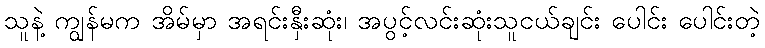
သူနဲ့ ကျွန်မက အိမ်မှာ အရင်းနှီးဆုံး၊ အပွင့်လင်းဆုံးသူငယ်ချင်း ပေါင်း ပေါင်းတဲ့